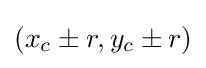
(x_{c}\pm r,y_{c}\pm r)